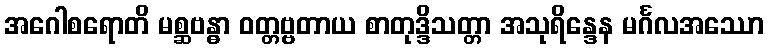
အဂေါစရောတိ မစ္ဆဗန္ဓာ ဝတ္တဗ္ဗတာယ စာတုဒ္ဒိသတ္တာ အသုရိန္ဒေန မင်္ဂလအဿော